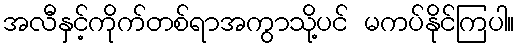
အလီနှင့်ကိုက်တစ်ရာအကွာသို့ပင် မကပ်နိုင်ကြပါ။